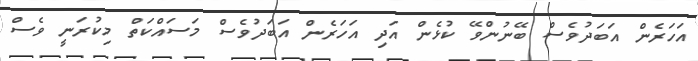
އަހަރެން އަބަދުވެސް ބޭނުންވޭ ކުޅެން އަދި އަހަރެން އަބަދުވެސް މަސައްކަތް މިކުރަނީ ވެސް